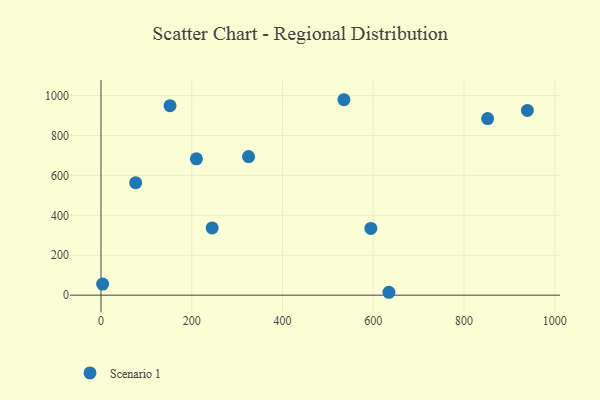
{"axis": {"x": "Investment", "y": "Yield"}, "legend": ["Scenario 1"], "data": [{"x": "939.7", "y": 925.6, "type": "Scenario 1"}, {"x": "3.6", "y": 55.4, "type": "Scenario 1"}, {"x": "634.6", "y": 14.5, "type": "Scenario 1"}, {"x": "325.2", "y": 694.4, "type": "Scenario 1"}, {"x": "245.0", "y": 336.7, "type": "Scenario 1"}, {"x": "210.3", "y": 683.2, "type": "Scenario 1"}, {"x": "152.1", "y": 949.3, "type": "Scenario 1"}, {"x": "852.1", "y": 884.9, "type": "Scenario 1"}, {"x": "76.4", "y": 563.6, "type": "Scenario 1"}, {"x": "535.4", "y": 979.3, "type": "Scenario 1"}, {"x": "594.7", "y": 334.6, "type": "Scenario 1"}]}